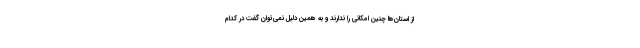
از استان‌ها چنین امکانی را ندارند و به همین دلیل نمی‌توان گفت در کدام